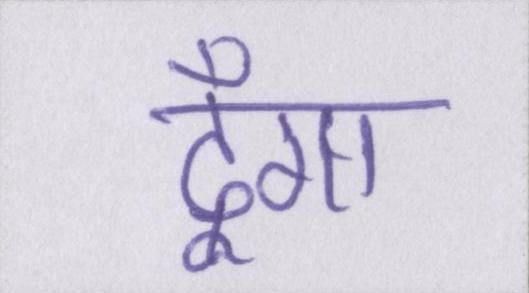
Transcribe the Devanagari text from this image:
दूँगा